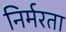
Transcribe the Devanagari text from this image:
निर्मरता